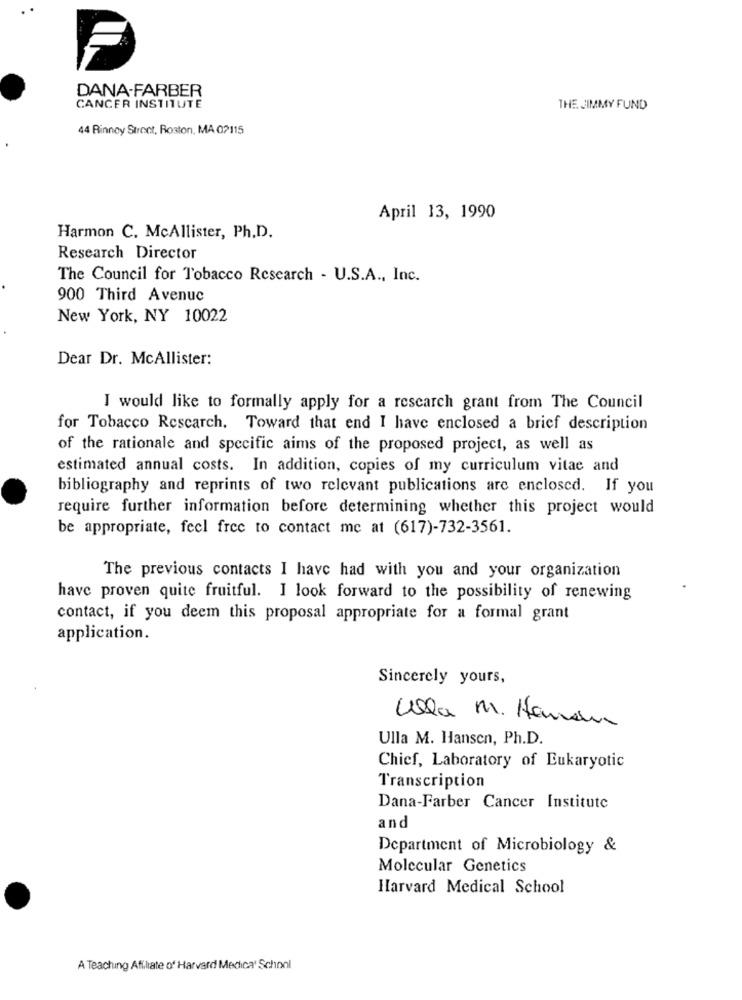
DANA-FARBER
CANCER INSTITUTE
THE JIMMY FUND
44 Binney Street, Roston, MA 02115
April 13, 1990
Harmon C. McAllister, Ph.D.
Research Director
The Council for Tobacco Research - U.S.A ., Inc.
900 Third Avenue
New York, NY 10022
Dear Dr. McAllister:
I would like to formally apply for a research grant from The Council
for Tobacco Rescarch, Toward that end I have enclosed a brief description
of the rationale and specific aims of the proposed project, as well as
estimated annual costs. In addition, copies of my curriculum vitae and
bibliography and reprints of two relevant publications arc enclosed. If you
require further information before determining whether this project would
be appropriate, feel free to contact me at (617)-732-3561.
The previous contacts I have had with you and your organization
have proven quite fruitful. I look forward to the possibility of renewing
contact, if you deem this proposal appropriate for a formal grant
application.
Sincerely yours,
Ulla M. Hanan
Ulla M. Hansen, Ph.D.
Chief, Laboratory of Eukaryotic
Transcription
Dana-Farber Cancer Institute
and
Department of Microbiology &
Molecular Genetics
Harvard Medical School
A Teaching Affiliate of Harvard Medical School